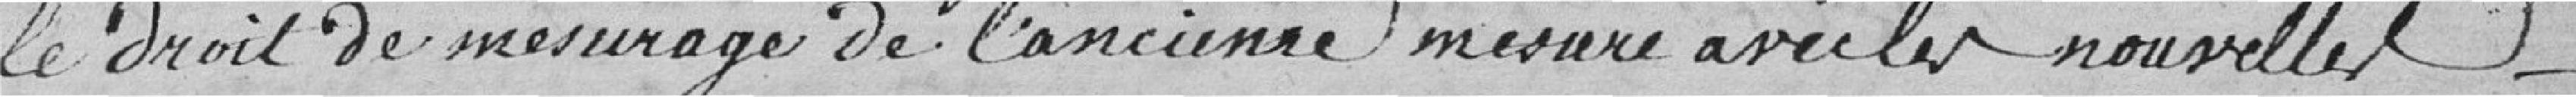
le droit de mesurage de l'ancienne mesure avec les nouvelles